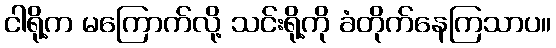
ငါရို့က မကြောက်လို့ သင်းရို့ကို ခံတိုက်နေကြသာပ။